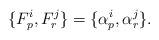
LaTeX: \begin{align*}\{ F_p^i, F_r^j\} =\{\alpha_p^i, \alpha_r^j \}.\end{align*}